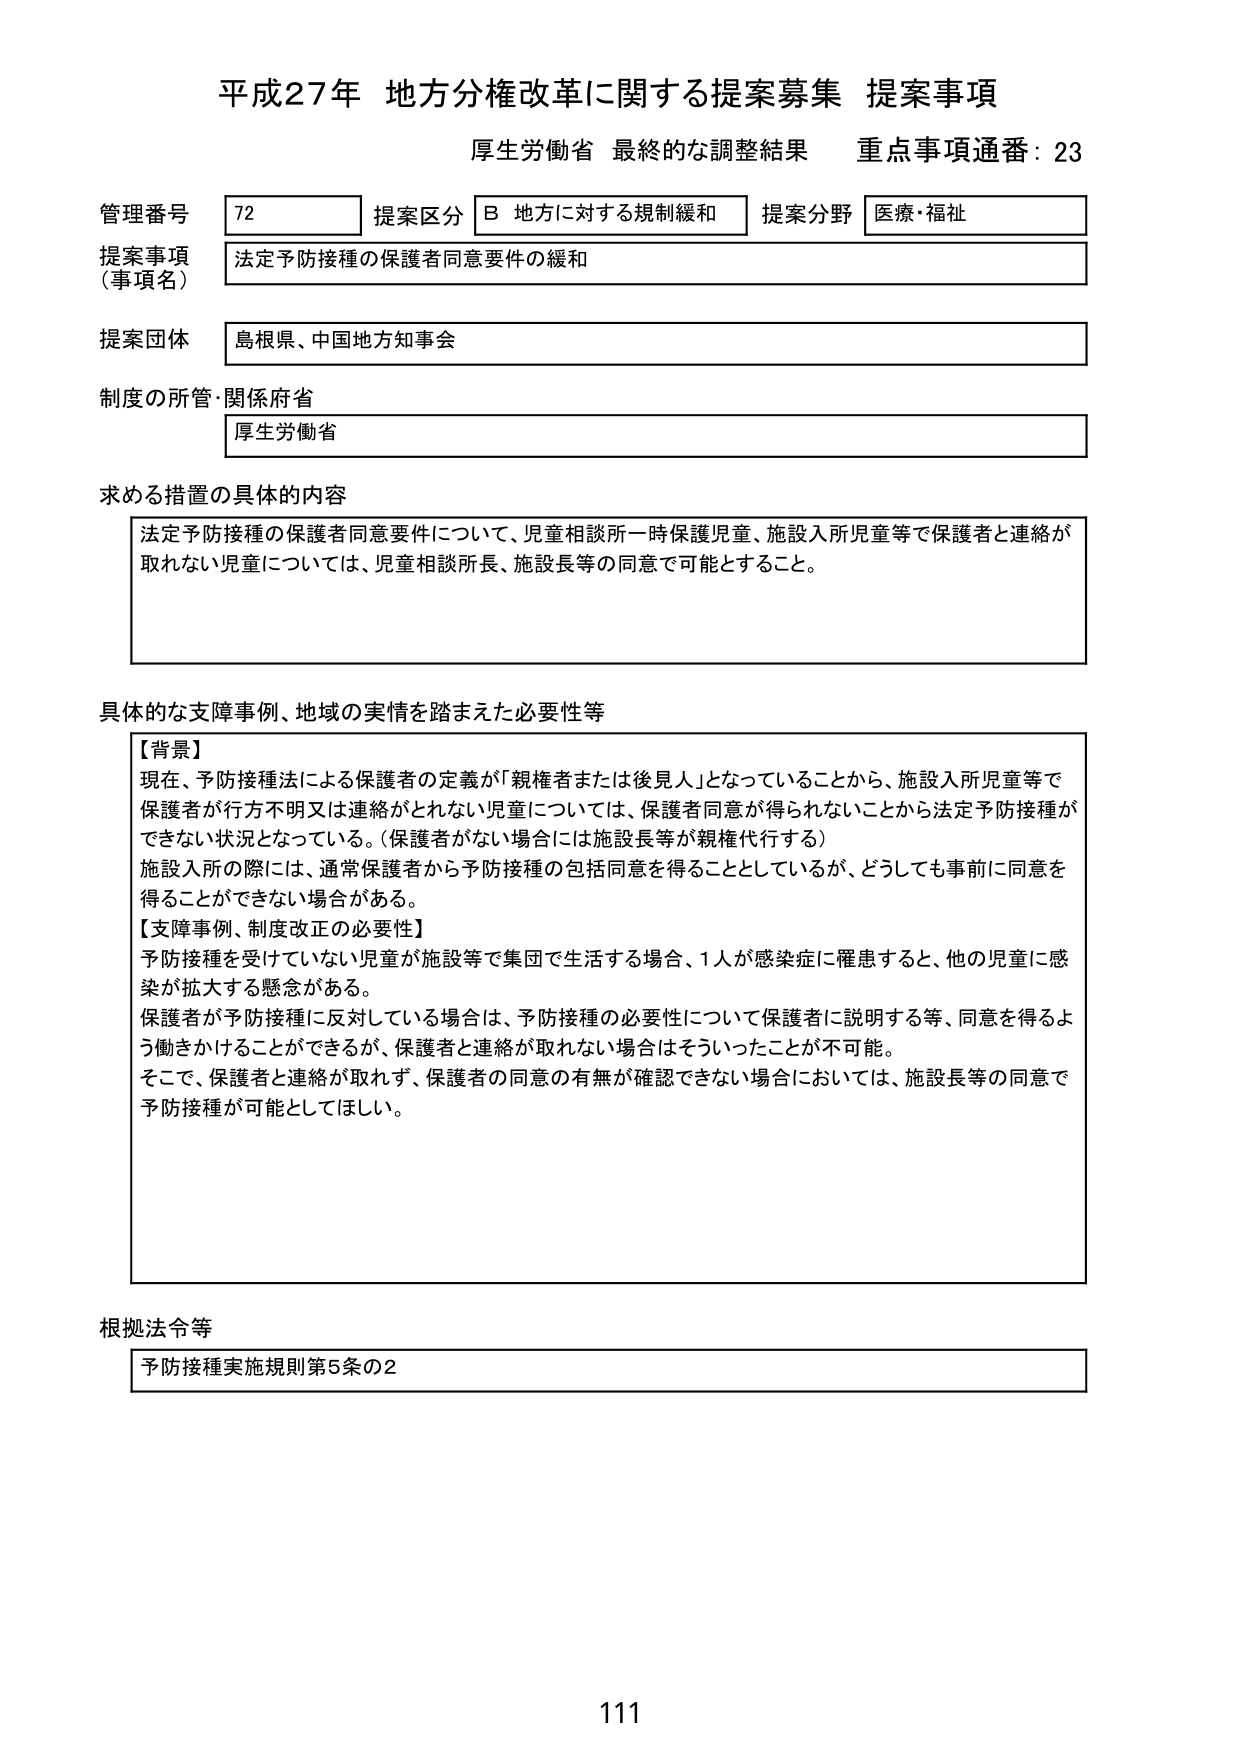
平成27年 地方分権改革に関する提案募集 提案事項
厚生労働省 最終的な調整結果 重点事項通番：23

管理番号 72 提案区分 B 地方に対する規制緩和 提案分野 医療・福祉
提案事項（事項名） 法定予防接種の保護者同意要件の緩和
提案団体 島根県、中国地方知事会
制度の所管・関係府省 厚生労働省

求める措置の具体的内容
法定予防接種の保護者同意要件について、児童相談所一時保護児童、施設入所児童等で保護者と連絡が取れない児童については、児童相談所長、施設長等の同意で可能とすること。

具体的な支障事例、地域の実情を踏まえた必要性等
【背景】
現在、予防接種法による保護者の定義が「親権者または後見人」となっていることから、施設入所児童等で保護者が行方不明又は連絡がとれない児童については、保護者同意が得られないことから法定予防接種ができない状況となっている。（保護者がいない場合には施設長等が親権代行する）
施設入所の際には、通常保護者から予防接種の包括同意を得ることとしているが、どうしても事前に同意を得ることができない場合がある。
【支障事例、制度改正の必要性】
予防接種を受けていない児童が施設等で集団で生活する場合、1人が感染症に罹患すると、他の児童に感染が拡大する懸念がある。
保護者が予防接種に反対している場合は、予防接種の必要性について保護者に説明する等、同意を得るよう働きかけることができるが、保護者と連絡が取れない場合はそういったことが不可能。
そこで、保護者と連絡が取れず、保護者の同意の有無が確認できない場合においては、施設長等の同意で予防接種が可能とほしい。

根拠法令等
予防接種実施規則第5条の2

111